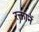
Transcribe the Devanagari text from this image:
रक्तानें